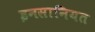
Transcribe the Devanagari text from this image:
इनसानियत